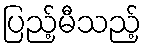
ပြည့်မီသည့်